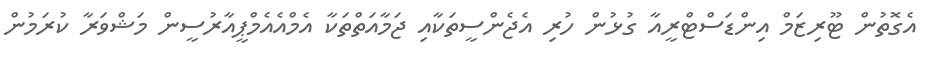
އެގޮތުން ޓޫރިޒަމް އިންޑަސްޓްރީއާ ގުޅުން ހުރި އެޖެންސީތަކާއި ޖަމާއަތްތަކާ އެމްއެއެމްޕީއާރުސީން މަޝްވަރާ ކުރަމުން